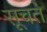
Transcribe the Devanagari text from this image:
सूचते